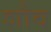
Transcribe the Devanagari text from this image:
शौव